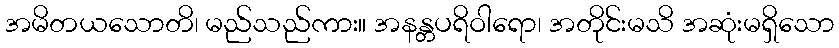
အမိတယသောတိ၊ မည်သည်ကား။ အနန္တပရိဝါရော၊ အတိုင်းမသိ အဆုံးမရှိသော